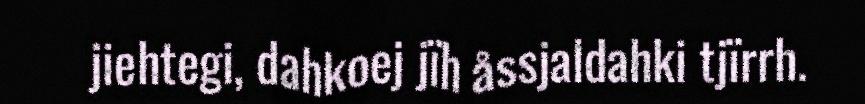
jiehtegi, dahkoej jïh åssjaldahki tjïrrh.